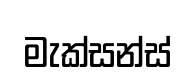
මැක්සන්ස්